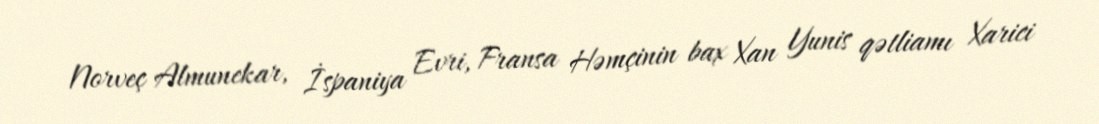
Norveç Almunekar, İspaniya Evri, Fransa Həmçinin bax Xan Yunis qətliamı Xarici